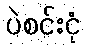
ပဲစင်းငုံ